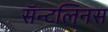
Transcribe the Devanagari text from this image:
सॅन्टलिनस